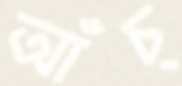
আঁচ্‌